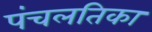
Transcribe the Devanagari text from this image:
पंचलतिका